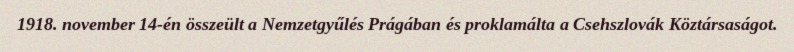
1918. november 14-én összeült a Nemzetgyűlés Prágában és proklamálta a Csehszlovák Köztársaságot.